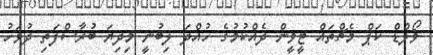
ވޯލްޑް ކަޕް މެޗްތައް ޓީވީން ދެއްކުމުގެ ހުއްދަ ލިބުނީ މިދިޔަ ބުރާސްފަތި ދުވަހު